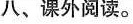
八、课外阅读。